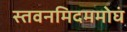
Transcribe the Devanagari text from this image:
स्तवनमिदममोघं